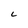
Character: C